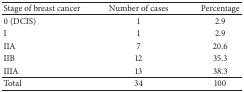
| Stage of breast cancer | Number of cases | Percentage |
 | --- | --- | --- |
 | 0 (DCIS) | 1 | 2.9 |
 | I | 1 | 2.9 |
 | IIA | 7 | 20.6 |
 | IIB | 12 | 35.3 |
 | IIIA | 13 | 38.3 |
 | Total | 34 | 100 |